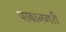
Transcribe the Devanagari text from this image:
पावानगरी